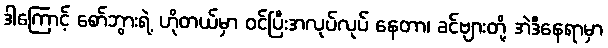
ဒါကြောင့် စော်ဘွားရဲ့ ဟိုတယ်မှာ ဝင်ပြီးအလုပ်လုပ် နေတာ၊ ခင်ဗျားတို့ အဲဒီနေရာမှာ